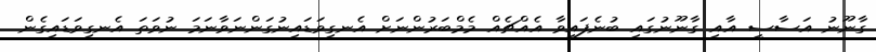
ގާނޫނު އަސާސީ އާއި ގާނޫނުގައި ބުނެފައިވާ އެއްޗެއް މެމްބަރުންނަށް އެނގިވަޑައިނުގަންނަވާނަމަ ނުވަތަ އެނގިވަޑައިގެން